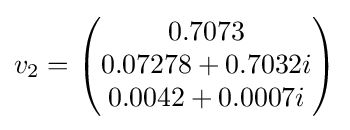
v_{2}={\begin{pmatrix}0.7073\\0.07278+0.7032i\\0.0042+0.0007i\\\end{pmatrix}}